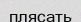
плясать